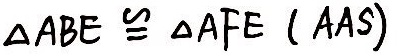
\Delta A B E \cong \Delta A F E ( A A S )